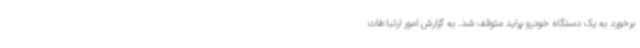
برخورد به یک دستگاه خودرو پراید متوقف شد. به گزارش امور ارتباطات